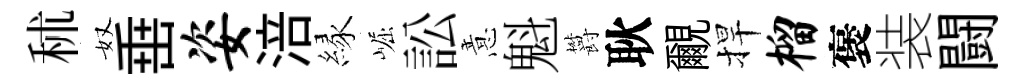
秫奴𡸁姿涪縁崛訟意魁欝耿覼捍榴褒装闘